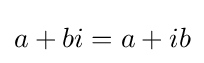
a+bi=a+ib